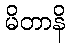
မိတာနိ